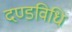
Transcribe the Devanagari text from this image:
दण्डविधि